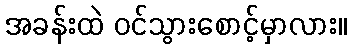
အခန်းထဲ ဝင်သွားစောင့်မှာလား။